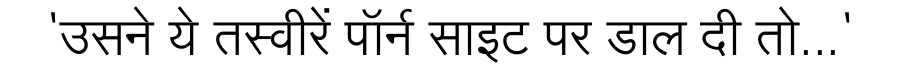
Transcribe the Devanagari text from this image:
'उसने ये तस्वीरें पॉर्न साइट पर डाल दी तो...'